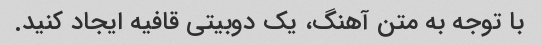
با توجه به متن آهنگ، یک دوبیتی قافیه ایجاد کنید.